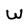
Character: w